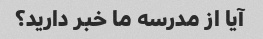
آیا از مدرسه ما خبر دارید؟